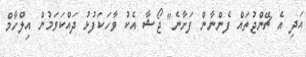
އަދި އެ ޗޭންޖުތައް ފެންނާން ފަށާނެ" ޖޯޝާ އެކު ވާހަކަފުޅު ދައްކަވަމުން އިލްހާމް